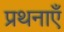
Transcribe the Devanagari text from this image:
प्रथनाएँ